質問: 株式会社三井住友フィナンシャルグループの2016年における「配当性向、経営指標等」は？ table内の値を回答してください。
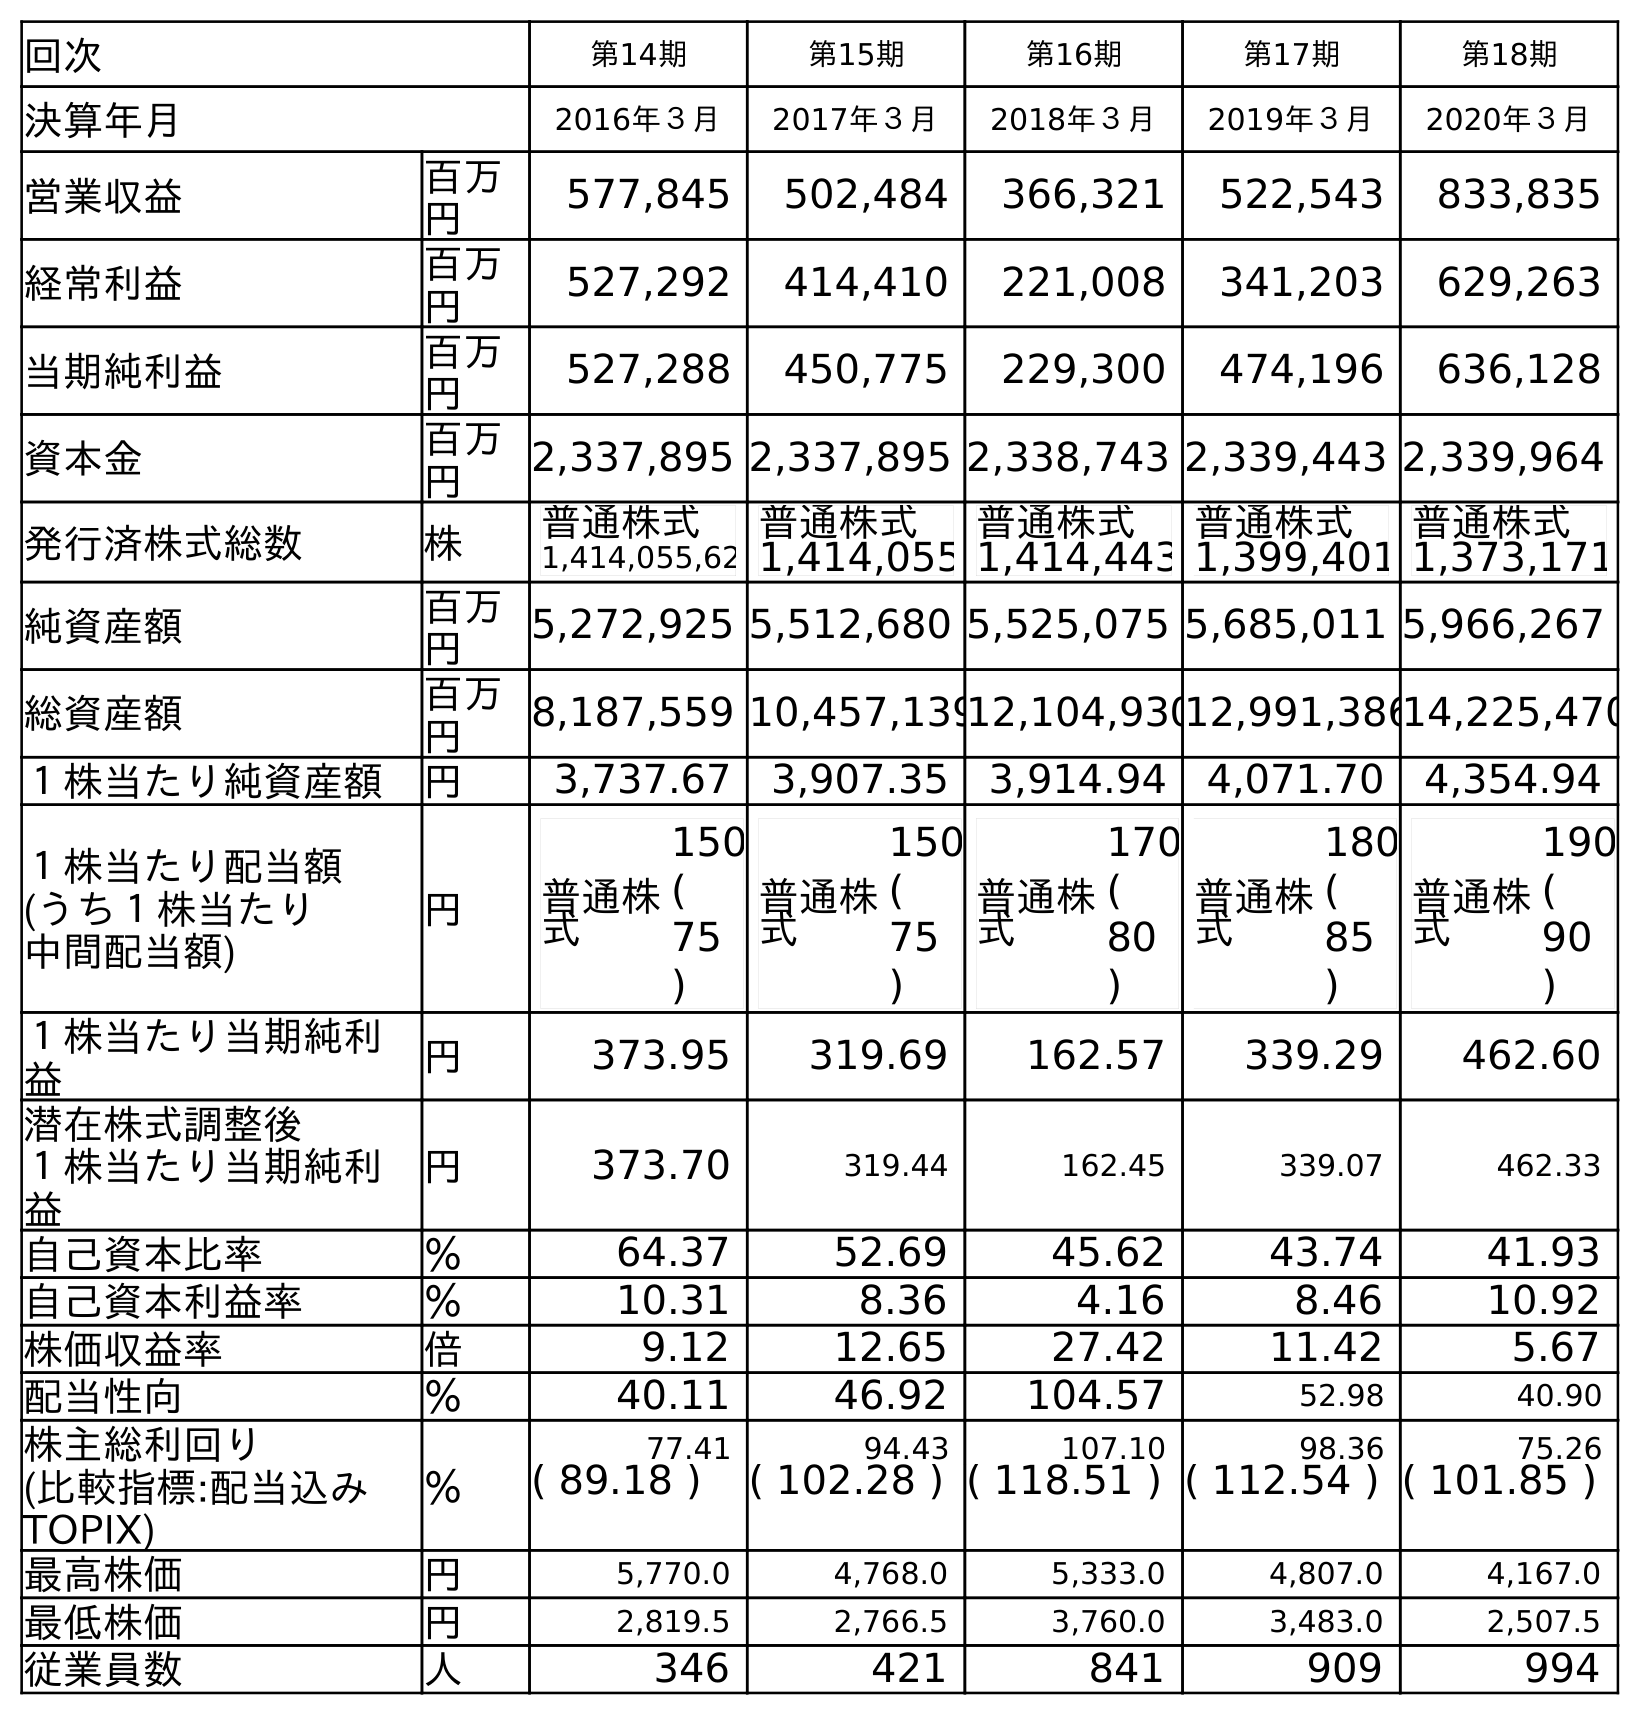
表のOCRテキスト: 回次 第14期 第15期 第16期 第17期 第18期 決算年月 2016年３月 2017年３月 2018年３月 2019年３月 2020年３月 営業収益 百万 円 577,845 502,484 366,321 522,543 833,835 経常利益 百万 円 527,292 414,410 221,008 341,203 629,263 当期純利益 百万 円 527,288 450,775 229,300 474,196 636,128 資本金 百万 円 2,337,895 2,337,895 2,338,743 2,339,443 2,339,964 発行済株式総数 株 普通株式 1,414,055,62 普通株式 1,414,055 普通株式 1,414,443 普通株式 1,399,401 普通株式 1,373,171 純資産額 百万 円 5,272,925 5,512,680 5,525,075 5,685,011 5,966,267 総資産額 百万 円 8,187,559 10,457,13912,104,93012,991,38614,225,470 １株当たり純資産額 円 3,737.67 3,907.35 3,914.94 4,071.70 4,354.94 １株当たり配当額 (うち１株当たり 中間配当額) 円 普通株 式 150 ( 75 ) 普通株 式 150 ( 75 ) 普通株 式 170 ( 80 ) 普通株 式 180 ( 85 ) 普通株 式 190 ( 90 ) １株当たり当期純利 益 円 373.95 319.69 162.57 339.29 462.60 潜在株式調整後 １株当たり当期純利 益 円 373.70 319.44 162.45 339.07 462.33 自己資本比率 ％ 64.37 52.69 45.62 43.74 41.93 自己資本利益率 ％ 10.31 8.36 4.16 8.46 10.92 株価収益率 倍 9.12 12.65 27.42 11.42 5.67 配当性向 ％ 40.11 46.92 104.57 52.98 40.90 株主総利回り ％ 77.41 94.43 107.10 98.36 75.26 (比較指標:配当込み TOPIX) ( 89.18 ) ( 102.28 ) ( 118.51 ) ( 112.54 ) ( 101.85 ) 最高株価 円 5,770.0 4,768.0 5,333.0 4,807.0 4,167.0 最低株価 円 2,819.5 2,766.5 3,760.0 3,483.0 2,507.5 従業員数 人 346 421 841 909 994
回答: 40.11